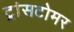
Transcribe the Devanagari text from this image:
ट्रांसटोमर